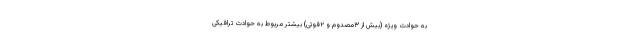
به حوادث ویژه (بیش از ٣مصدوم و ٢فوتی) بیشتر مربوط به حوادث ترافیکی